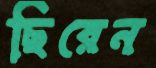
ছিরেন